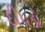
દીપડો